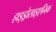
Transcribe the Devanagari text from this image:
हाइड्रोसाइएनिक